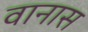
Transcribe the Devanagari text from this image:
वानास